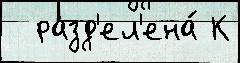
  разд'ел'ена́ К